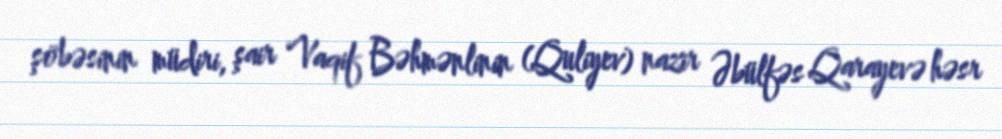
şöbəsinin müdiri, şair Vaqif Bəhmənlinin (Quliyev) nazir Əbülfəs Qarayevə həsr